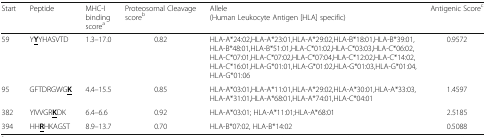
<table><thead><tr><td><b>Start</b></td><td><b>Peptide</b></td><td><b>MHC-I binding score<sup>a</sup></b></td><td><b>Proteosomal Cleavage score<sup>b</sup></b></td><td><b>Allele(Human Leukocyte Antigen [HLA] specific)</b></td><td><b>Antigenic Score<sup>c</sup></b></td></tr></thead><tbody><tr><td>59</td><td>Y<b><underline>Y</underline></b>YHASVTD</td><td>1.3–17.0</td><td>0.82</td><td>HLA-A*24:02,HLA-A*23:01,HLA-A*29:02,HLA-B*18:01,HLA-B*39:01,HLA-B*48:01,HLA-B*51:01,HLA-C*01:02,HLA-C*03:03,HLA-C*06:02,HLA-C*07:01,HLA-C*07:02,HLA-C*07:04,HLA-C*12:02,HLA-C*14:02,HLA-C*16:01,HLA-G*01:01,HLA-G*01:02,HLA-G*01:03,HLA-G*01:04,HLA-G*01:06</td><td>0.9572</td></tr><tr><td>95</td><td>GFTDRGWG<b><underline>K</underline></b></td><td>4.4–15.5</td><td>0.85</td><td>HLA-A*03:01,HLA-A*11:01,HLA-A*29:02,HLA-A*30:01,HLA-A*33:03,HLA-A*31:01,HLA-A*68:01,HLA-A*74:01,HLA-C*04:01</td><td>1.4597</td></tr><tr><td>382</td><td>YIVVGR<b><underline>K</underline></b>DK</td><td>6.4–6.6</td><td>0.92</td><td>HLA-A*03:01; HLA-A*11:01;HLA-A*68:01</td><td>2.5185</td></tr><tr><td>394</td><td>HH<b><underline>R</underline></b>HKAGST</td><td>8.9–13.7</td><td>0.70</td><td>HLA-B*07:02, HLA-B*14:02</td><td>0.5088</td></tr></tbody></table>